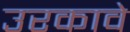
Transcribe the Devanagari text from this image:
उरकावे